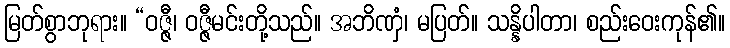
မြတ်စွာဘုရား။ “ဝဇ္ဇီ၊ ဝဇ္ဇီမင်းတို့သည်။ အဘိဏှံ၊ မပြတ်။ သန္နိပါတာ၊ စည်းဝေးကုန်၏။